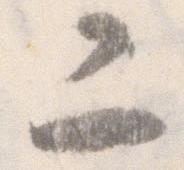
二